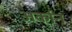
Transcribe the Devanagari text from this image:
अर्कान